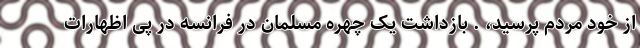
از خود مردم پرسید، . بازداشت یک چهره مسلمان در فرانسه در پی اظهارات